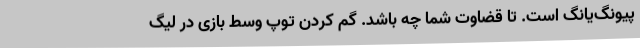
پیونگ‌یانگ است. تا قضاوت شما چه باشد. گُم کردن توپ وسط بازی در لیگ